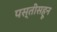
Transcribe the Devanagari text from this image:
पस्‍तीसहून